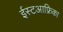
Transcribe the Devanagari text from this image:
ईस्टआफ्रिका